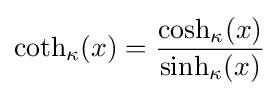
\coth _{\kappa }(x)={\frac {\cosh _{\kappa }(x)}{\sinh _{\kappa }(x)}}